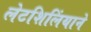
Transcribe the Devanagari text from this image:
लेटशिलिंयाने